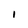
Character: 1